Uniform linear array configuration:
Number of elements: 12
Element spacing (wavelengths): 0.75
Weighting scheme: cosine
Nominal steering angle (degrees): -45
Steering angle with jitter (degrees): -45.815
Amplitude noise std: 0.05
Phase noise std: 0.05

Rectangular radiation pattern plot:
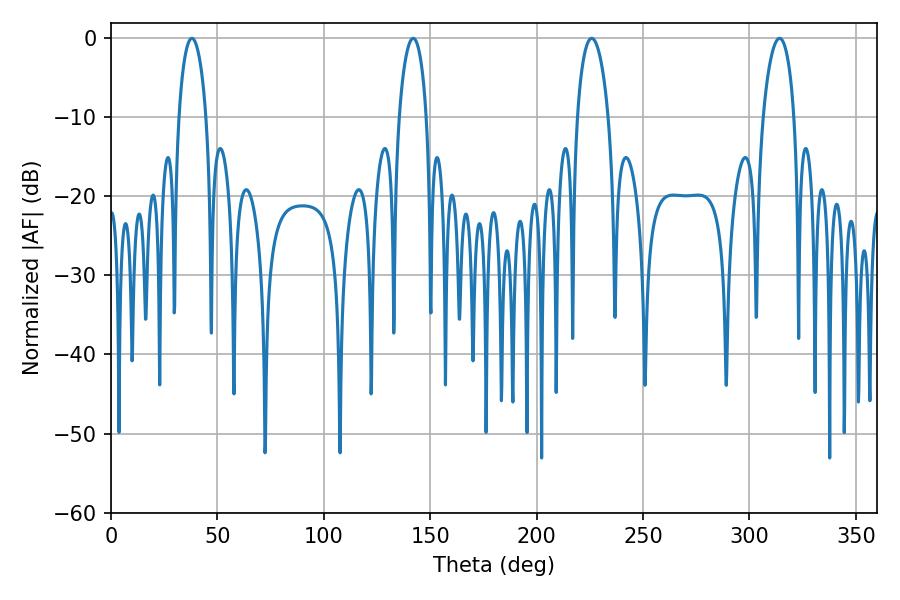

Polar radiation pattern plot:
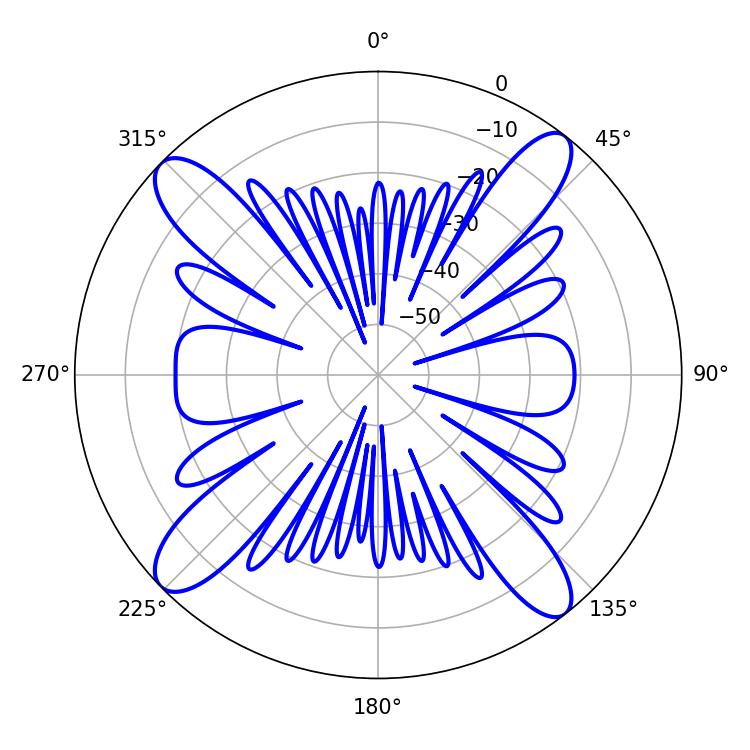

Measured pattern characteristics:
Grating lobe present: TRUE
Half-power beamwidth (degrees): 7.38
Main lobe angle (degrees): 37.98